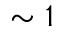
\sim 1